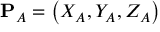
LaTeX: \mathbf { P } _ { A } = \left( X _ { A } , Y _ { A } , Z _ { A } \right)